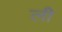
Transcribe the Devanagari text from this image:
लीे